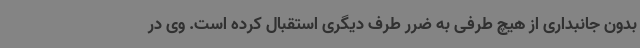
بدون جانبداری از هیچ طرفی به ضرر طرف دیگری استقبال کرده است. وی در